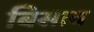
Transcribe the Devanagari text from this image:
बिसाव